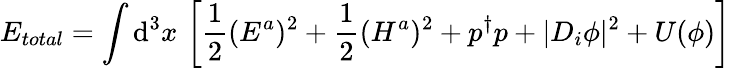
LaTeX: E_{total}=\int\mathrm{d}^{3}x\, \left[\frac{{1}}{{2}}(E^{a})^{2}+\frac{{1}}{{2}}(H^{a})^{2}+p^{\dagger}p+|D_{i}\phi|^{2}+U(\phi)\right]